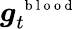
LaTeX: {\boldsymbol g}_{t}^{\mathrm{~\scriptsize~b~l~o~o~d~}}